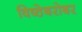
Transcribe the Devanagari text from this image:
विष्ठेबरोबर